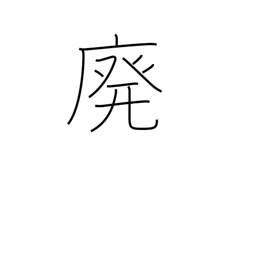
Meaning: abolish